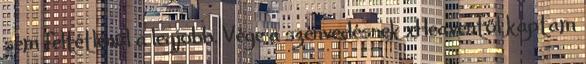
sem feltétlenül a legjobb. Vége a szenvedésnek xHeaventől kaptam